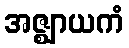
အဇ္ဈာယကံ